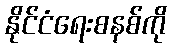
နိုင်ငံရေးစနစ်ကို